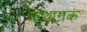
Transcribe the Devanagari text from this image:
कथानकं